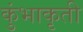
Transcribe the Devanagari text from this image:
कुंभाकृती